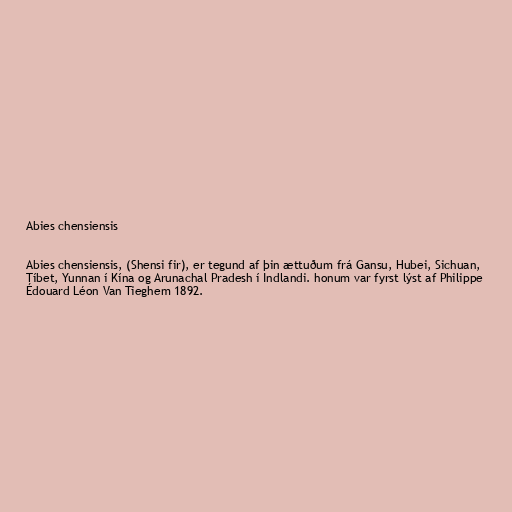
Abies chensiensis

Abies chensiensis, (Shensi fir), er tegund af þin ættuðum frá Gansu, Hubei, Sichuan,
Tíbet, Yunnan í Kína og Arunachal Pradesh í Indlandi. honum var fyrst lýst af Philippe
Édouard Léon Van Tieghem 1892.